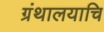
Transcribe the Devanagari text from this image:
ग्रंथालयाचि